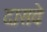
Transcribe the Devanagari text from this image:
दासवे